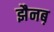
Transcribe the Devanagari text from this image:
झैनब़